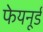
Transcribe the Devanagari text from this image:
फेयनूर्ड